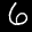
Digit: 6